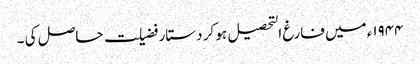
۱۹۴۴ء میں فارغ التحصیل ہو کر دستار فضیلت حاصل کی ۔